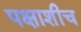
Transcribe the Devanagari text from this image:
पक्षाशीच